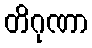
တိဂုဏာ